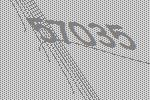
57035